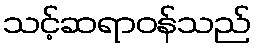
သင့်ဆရာဝန်သည်